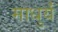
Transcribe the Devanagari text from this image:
माधुर्यं